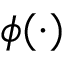
\phi ( \cdot )